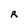
Character: R